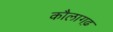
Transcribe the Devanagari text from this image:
कौलागढ़